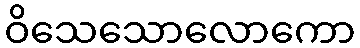
ဝိသေသောလောကော